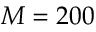
M = 2 0 0